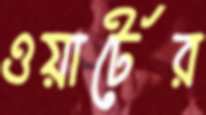
ওয়ার্টের